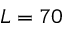
L = 7 0